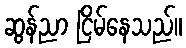
ဆွန်ညာ ငြိမ်နေသည်။